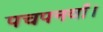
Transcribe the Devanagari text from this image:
पचपनवाँ।